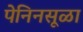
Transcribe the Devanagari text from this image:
पेनिनसूळा